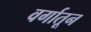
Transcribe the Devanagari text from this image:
वर्गातून